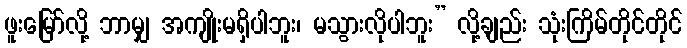
ဖူးမြော်လို့ ဘာမျှ အကျိုးမရှိပါဘူး၊ မသွားလိုပါဘူး” လို့ချည်း သုံးကြိမ်တိုင်တိုင်